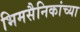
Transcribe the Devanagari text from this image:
भिमसैनिकांच्या